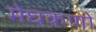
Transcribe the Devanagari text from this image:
मेघकणों